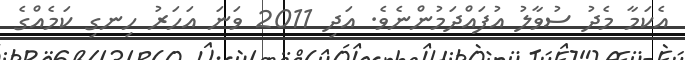
އެކަމާ މެދު ސުވާލު އުފައްދަމުންނެވެ. އަދި 2011 ވަނަ އަހަރު ހިނގި ކަމެއްގެ